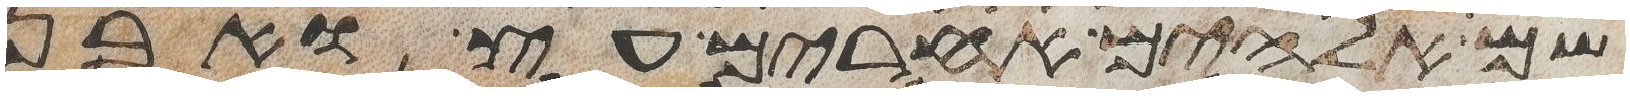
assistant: שם אלהים אחרים עץ ואבן